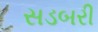
સડબરી